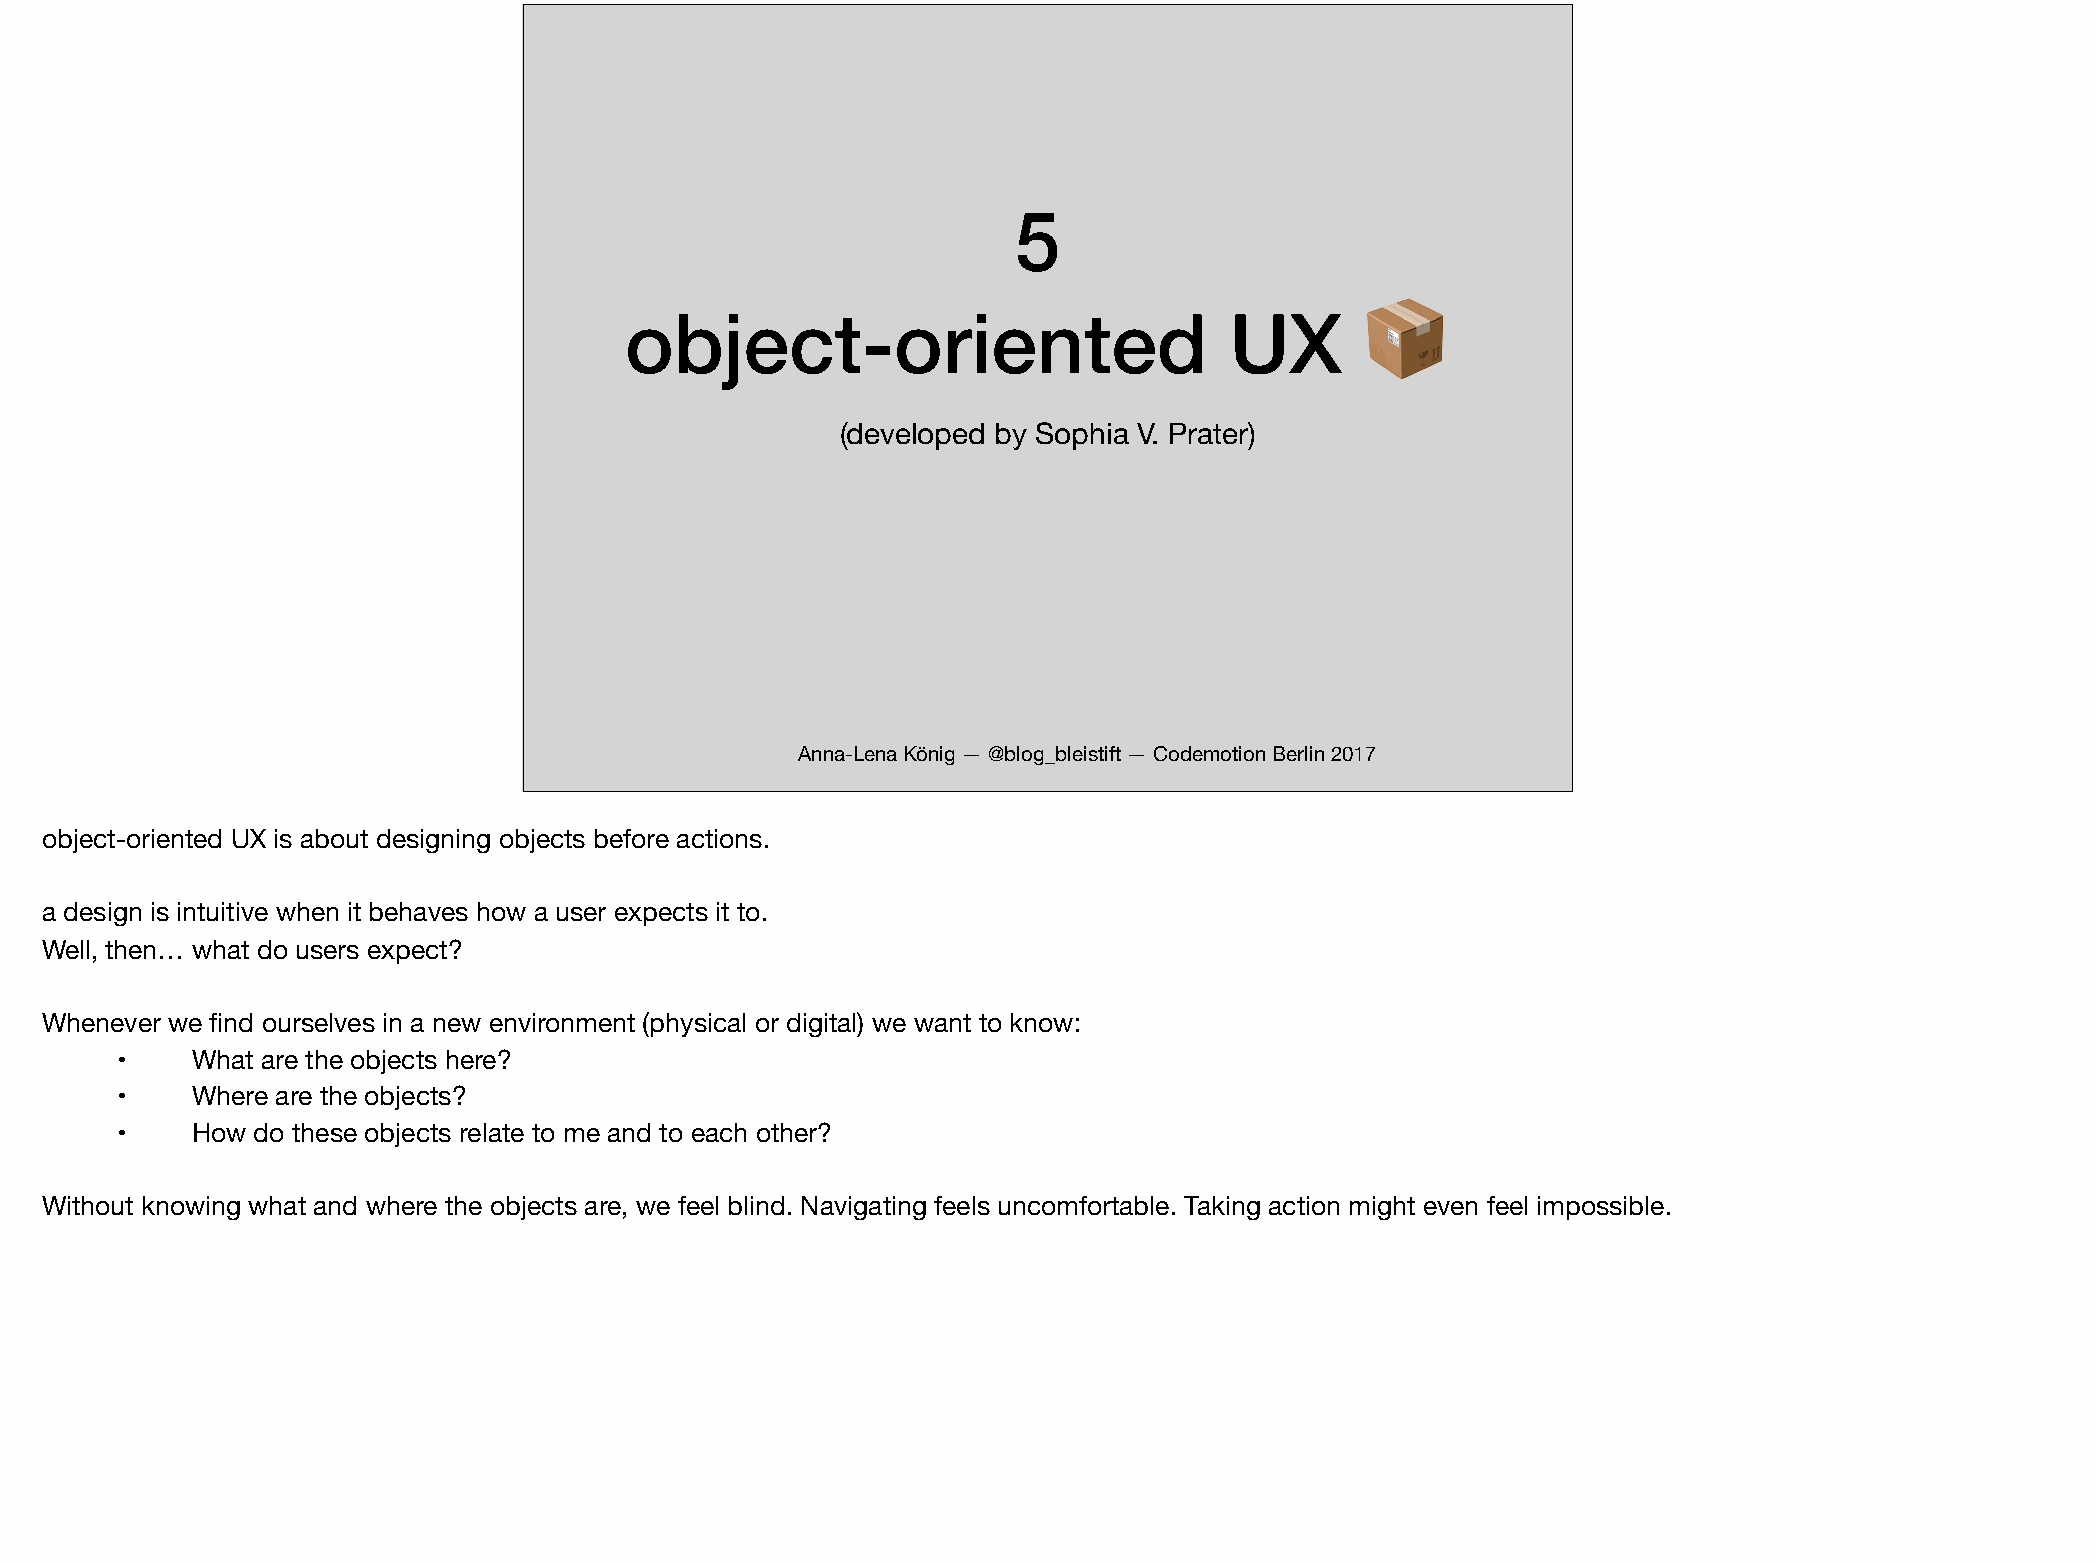
5
 object-oriented                         UX
 📦
 (developed by Sophia V. Prater)
 Anna-Lena König — @blog_bleistift — Codemotion Berlin 2017
 object-oriented UX is about designing objects before actions.
 a design is intuitive when it behaves how a user expects it to.
 Well, then… what do users expect?
 Whenever we find ourselves in a new environment (physical or digital) we want to know:
 •    What are the objects here?
 •    Where are the objects?
 •    How  do these objects relate to me and to each other?
 Without knowing what and where the objects are, we feel blind. Navigating feels uncomfortable. Taking action might even feel impossible.